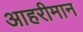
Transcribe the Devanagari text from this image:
आहरीमान